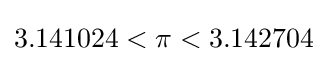
{}3.141024<\pi <3.142704